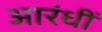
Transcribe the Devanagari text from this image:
आरंधीं